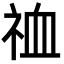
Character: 𫀉